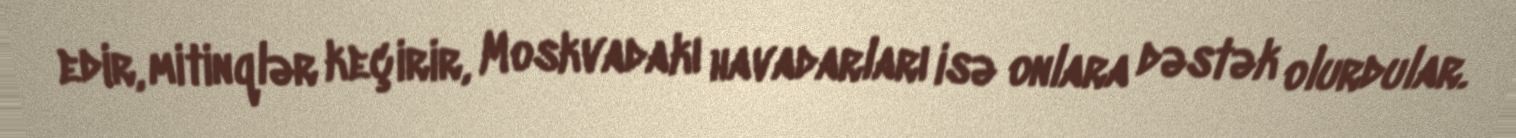
edir, mitinqlər keçirir, Moskvadakı havadarları isə onlara dəstək olurdular.